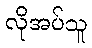
လိုအပ်သူ